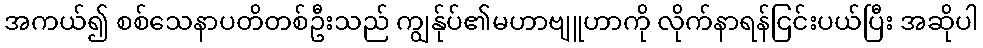
အကယ်၍ စစ်သေနာပတိတစ်ဦးသည် ကျွန်ုပ်၏မဟာဗျူဟာကို လိုက်နာရန်ငြင်းပယ်ပြီး အဆိုပါ